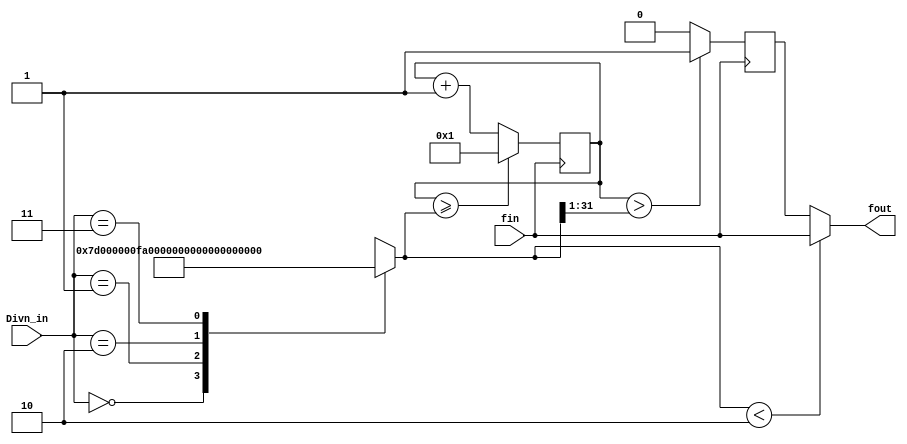
module fDIV( fin, Divn_in, fout);
input fin;                         //(clk)
input [1:0] Divn_in;               //()
reg [31:0] Divn;                   //
output fout;                       //
reg fout0;                         //
wire _fout;                        //10 
wire[31:0] _Divn, ncount;          //next state value
reg[31:0] count;                   //

always@(Divn_in)                   //always block
begin
	case(Divn_in)
		2'b00 : Divn = 32'd512000;
		2'b01 : Divn = 32'd1024000;
		2'b10 : Divn = 32'd2048000;
		2'b11 : Divn = 32'd4096000;
	endcase
end

/* 
always@(Divn_in)
begin
	case(Divn_in)
		2'b00 : Divn = 32'd2;
		2'b01 : Divn = 32'd4;
		2'b10 : Divn = 32'd8;
		2'b11 : Divn = 32'd16;
	endcase
end
*/

assign _Divn={1'b0,Divn[31:1]};    //
                                   //10
always@(posedge fin)               //assign next state value to 
begin                              //current state value 
count <= ncount;
fout0 <= _fout;
end

assign ncount=(count>=Divn)?32'd1:count+1;//1
assign _fout=(count>_Divn)?1'b1:1'b0;     //10 
assign fout=(Divn<8'd2)?fin:fout0;        //

endmodule